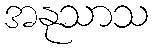
အနုသာသ